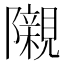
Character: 𮥰